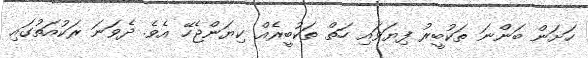
ހަށަން ބަންނަ ތަކުބީރު ފިޔަވައި ހަތް ތަކުބީރެއް ކިޔަންޖެހޭ އެވެ. ދެވަނަ ރަކުއަތުގައި